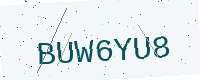
Text: BUW6YU8